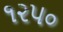
૧૨૫૦